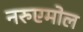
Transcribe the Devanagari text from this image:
नरुएमोल